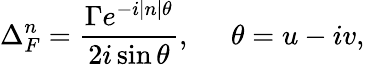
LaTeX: \Delta_{F}^{n}=\frac{\Gamma e^{-i|n|\theta}}{2i\sin\theta},\; \; \; \; \; \theta=u-iv,